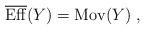
LaTeX: \begin{align*}\overline{{\rm Eff}}(Y) &= {\rm Mov}(Y) \;,\end{align*}